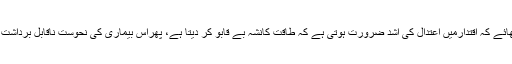
کون سمجھائے کہ اقتدارمیں اعتدال کی اشد ضرورت ہوتی ہے کہ طاقت کانشہ بے قابو کر دیتا ہے، پھراس بیماری کی نحوست ناقابل برداشت ہوتی ہے۔